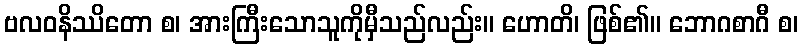
ဗလဝနိဿိတော စ၊ အားကြီးသောသူကိုမှီသည်လည်း။ ဟောတိ၊ ဖြစ်၏။ ဘောဂစာဂီ စ၊